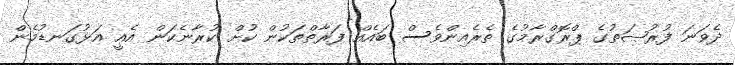
ދެވަނަ ފުރުޞަތުގެ ޕްރޮގްރާމުގެ ތެރެއިންވެސް ބައެއް ފަރާތްތަކުން ކުށް ކުރާނެކަން އެއީ އަޅުގަނޑުމެން